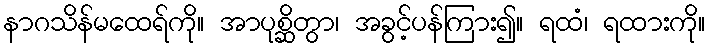
နာဂသိန်မထေရ်ကို။ အာပုစ္ဆိတွာ၊ အခွင့်ပန်ကြား၍။ ရထံ၊ ရထားကို။